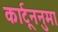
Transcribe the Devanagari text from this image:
कार्टूननुमा